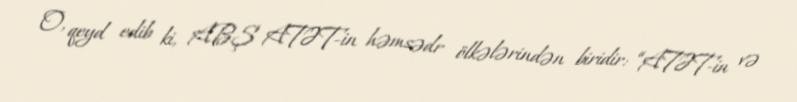
O, qeyd edib ki, ABŞ ATƏT-in həmsədr ölkələrindən biridir: “ATƏT-in və